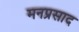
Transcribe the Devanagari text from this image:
मनप्रसाद